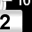
Digit: 2